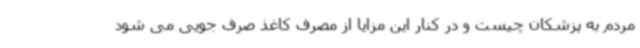
مردم به پزشکان چیست و در کنار این مزایا از مصرف کاغذ صرف جویی می شود